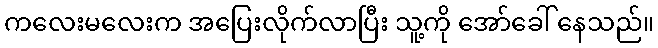
ကလေးမလေးက အပြေးလိုက်လာပြီး သူ့ကို အော်ခေါ် နေသည်။